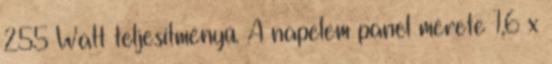
255 Watt teljesítményű. A napelem panel mérete 1,6 x